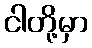
ငါတို့မှာ